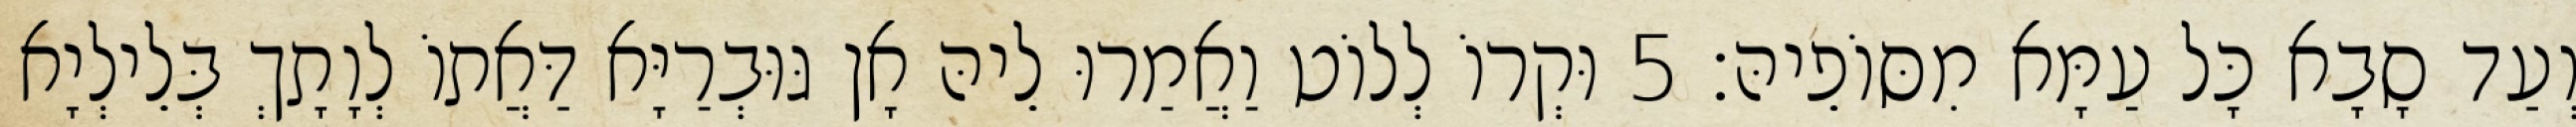
וְעַד סָבָא כָּל עַמָּא מִסּוֹפֵיהּ׃ 5 וּקְרוֹ לְלוֹט וַאֲמַרוּ לֵיהּ אָן גּוּבְרַיָּא דַּאֲתוֹ לְוָתָךְ בְּלֵילְיָא